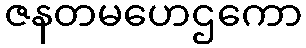
ဇနတမဟေဌကော